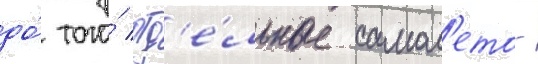
до́ того́ отд'е́льные самол'ето-